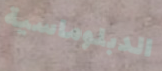
الدبلوماسية